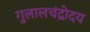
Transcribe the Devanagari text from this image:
गुलालचंद्रोदय